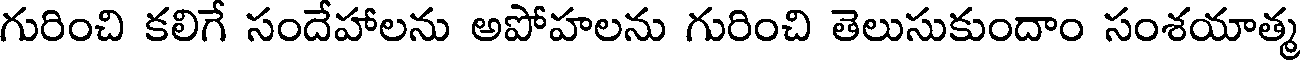
గురించి కలిగే సందేహాలను అపోహలను గురించి తెలుసుకుందాం సంశయాత్మ